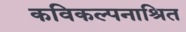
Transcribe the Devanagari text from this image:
कविकल्पनाश्रित